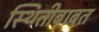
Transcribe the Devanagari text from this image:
स्थितीबाबत